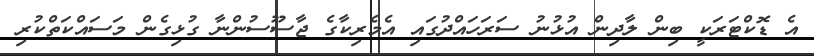
އެ ޑޮކްޓަރަކީ ބިން ލާދިން އުޅުނު ސަރަހައްދުގައި އެމެރިކާގެ ޖާސޫސުންނާ ގުޅިގެން މަސައްކަތްކުރި